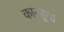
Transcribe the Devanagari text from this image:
कान्सूचा